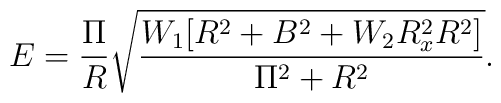
E = \frac{\Pi}{R}\sqrt{\frac{W_1 [R^2 + B^2 + W_2 R_x^2 R^2]}{\Pi^2 + R^2}}.